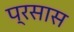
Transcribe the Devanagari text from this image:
प्रसास